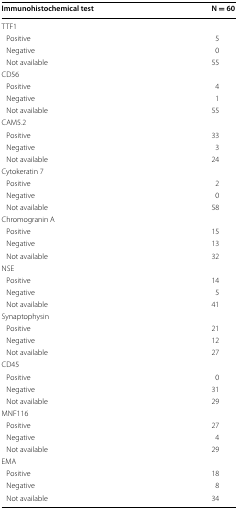
<table><thead><tr><td><b>Immunohistochemical test</b></td><td><b>N = 60</b></td></tr></thead><tbody><tr><td colspan="2">TTF1</td></tr><tr><td> Positive</td><td>5</td></tr><tr><td> Negative</td><td>0</td></tr><tr><td> Not available</td><td>55</td></tr><tr><td colspan="2">CD56</td></tr><tr><td> Positive</td><td>4</td></tr><tr><td> Negative</td><td>1</td></tr><tr><td> Not available</td><td>55</td></tr><tr><td colspan="2">CAM5.2</td></tr><tr><td> Positive</td><td>33</td></tr><tr><td> Negative</td><td>3</td></tr><tr><td> Not available</td><td>24</td></tr><tr><td colspan="2">Cytokeratin 7</td></tr><tr><td> Positive</td><td>2</td></tr><tr><td> Negative</td><td>0</td></tr><tr><td> Not available</td><td>58</td></tr><tr><td colspan="2">Chromogranin A</td></tr><tr><td> Positive</td><td>15</td></tr><tr><td> Negative</td><td>13</td></tr><tr><td> Not available</td><td>32</td></tr><tr><td colspan="2">NSE</td></tr><tr><td> Positive</td><td>14</td></tr><tr><td> Negative</td><td>5</td></tr><tr><td> Not available</td><td>41</td></tr><tr><td colspan="2">Synaptophysin</td></tr><tr><td> Positive</td><td>21</td></tr><tr><td> Negative</td><td>12</td></tr><tr><td> Not available</td><td>27</td></tr><tr><td colspan="2">CD45</td></tr><tr><td> Positive</td><td>0</td></tr><tr><td> Negative</td><td>31</td></tr><tr><td> Not available</td><td>29</td></tr><tr><td colspan="2">MNF116</td></tr><tr><td> Positive</td><td>27</td></tr><tr><td> Negative</td><td>4</td></tr><tr><td> Not available</td><td>29</td></tr><tr><td colspan="2">EMA</td></tr><tr><td> Positive</td><td>18</td></tr><tr><td> Negative</td><td>8</td></tr><tr><td> Not available</td><td>34</td></tr></tbody></table>